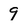
Character: 9